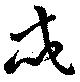
忒